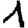
Digit: 1